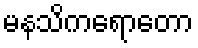
မနသိကရောတော